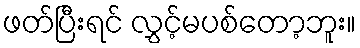
ဖတ်ပြီးရင် လွှင့်မပစ်တော့ဘူး။